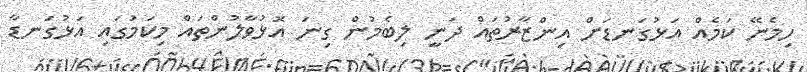
ހިމެނޭ ކަމެއް އަޅުގަނޑަށް އިންޒާރުތައް ދަނީ ލިބެމުން ގިނަ އޮޅުވާލުންތައް މިކަމުގައި އަޅުގަނޑާ